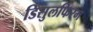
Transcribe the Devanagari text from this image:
डिसुलफिरम